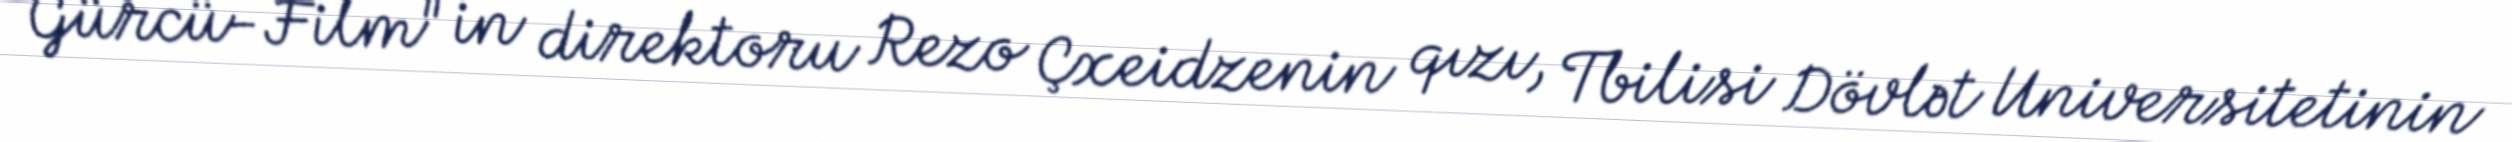
Gürcü-Film" in direktoru Rezo Çxeidzenin qızı, Tbilisi Dövlət Universitetinin